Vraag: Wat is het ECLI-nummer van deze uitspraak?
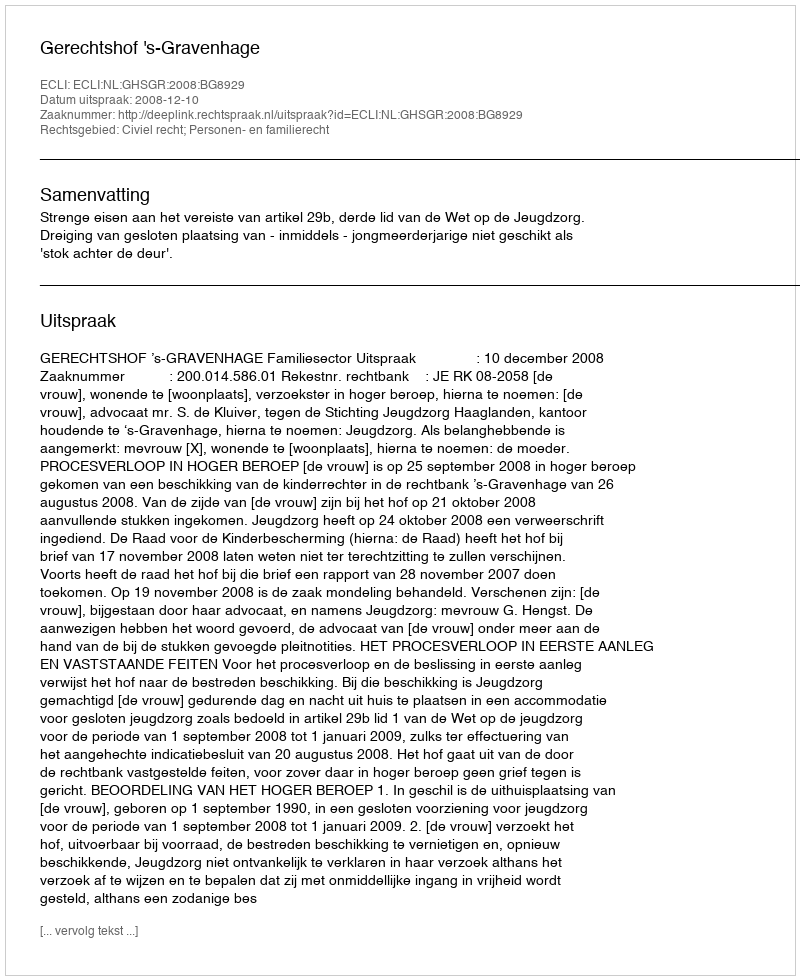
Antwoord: ECLI:NL:GHSGR:2008:BG8929